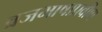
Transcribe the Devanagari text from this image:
व्रजभाषाप्रवीण